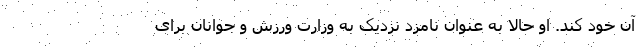
آن خود کند. او حالا به عنوان نامزد نزدیک به وزارت ورزش و جوانان برای